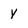
Character: y